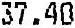
37.40